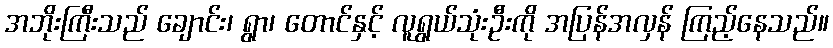
အဘိုးကြီးသည် ချောင်း၊ ရွာ၊ တောင်နှင့် လူရွယ်သုံးဦးကို အပြန်အလှန် ကြည့်နေသည်။